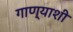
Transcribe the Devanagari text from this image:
गाण्याशी